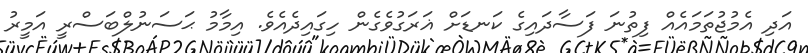
އަދި އެމުޖުތަމައެއް ފިތުނަ ފަސާދައިގެ ކަނޑަށް ޣަރަގުވެގެން ހިގައިދެއެވެ. އިމާމު ޙަސަނުލްބަސްރީ އަމީރު